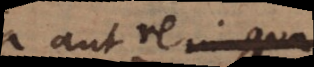
aut rei,